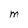
Character: M